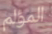
المؤلم